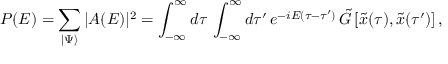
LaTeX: { \cal P } ( { \cal E } ) = \sum _ { \vert \Psi \rangle } \vert { \cal A } ( { \cal E } ) \vert ^ { 2 } = \int _ { - \infty } ^ { \infty } d \tau \, \int _ { - \infty } ^ { \infty } d \tau ^ { \prime } \, e ^ { - i { \cal E } ( \tau - \tau ^ { \prime } ) } \, { \tilde { G } } \left[ { \tilde { x } } ( \tau ) , { \tilde { x } } ( \tau ^ { \prime } ) \right] ,